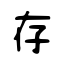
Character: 存